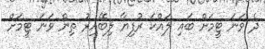
ދެ ވަނަ ޓީމަށް ބައި ލައްކަ ރުފިޔާ ލިބޭއިރު ތިން ވަނަ ޓީމަށް